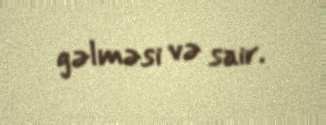
gəlməsi və sair.